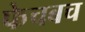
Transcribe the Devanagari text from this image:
फेचबच